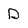
Character: D